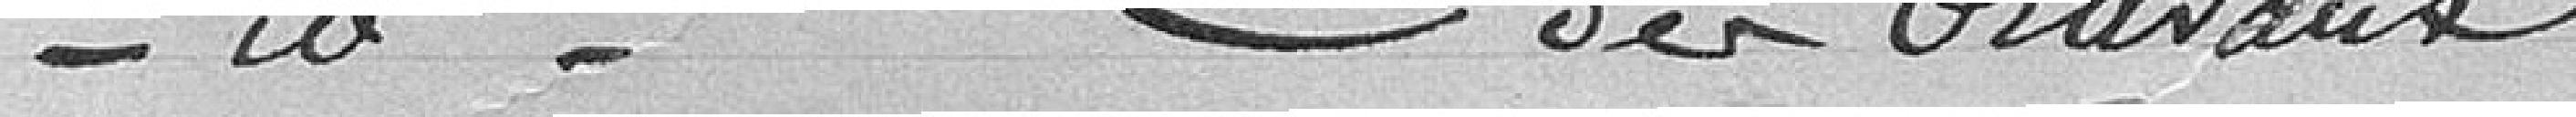
Nomination de la Commission des travaux